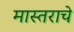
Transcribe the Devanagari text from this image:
मास्तराचे